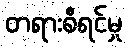
တရားစီရင်မှု